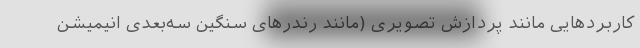
کاربردهایی مانند پردازش تصویری (مانند رندرهای سنگین سه‌بعدی انیمیشن